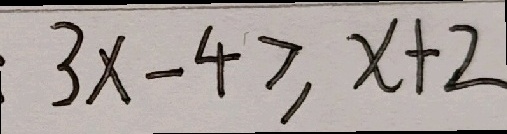
3 x - 4 \geq x + 2